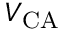
V _ { \mathrm { C A } }